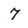
Character: 7